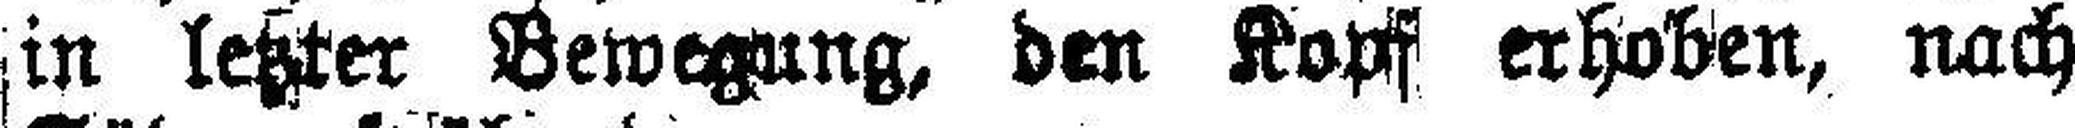
in letzter Bewegung, den Kopf erhoben, nach